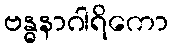
ဗန္ဓနာဂါရိကော